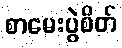
စာမေးပွဲစိတ်